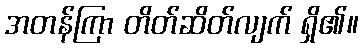
အတန်ကြာ တိတ်ဆိတ်လျက် ရှိ၏။